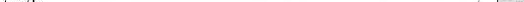
\underline{teeth.} ___